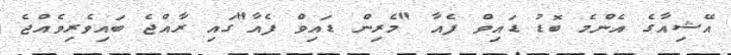
އޭޝިއާގެ އެންމެ ބޮޑު ޑައިވް ފެއާ "މެރިން ޑައިވް ފެއާ"ގައި ރާއްޖެ ބައިވެރިވެއްޖެ